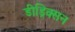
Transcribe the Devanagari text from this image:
डीड्रिक्सन